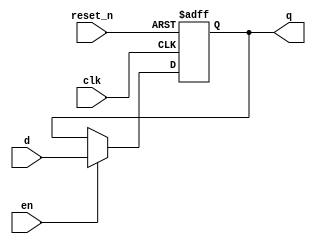
module register64_r_en(clk, reset_n, en, d, q); //32bit register
  input clk, reset_n, en;
  input [63:0] d;
  output reg [63:0] q;
  
  always@(posedge clk or negedge reset_n) 
  begin
    if(reset_n == 0) q <= 63'b0;
    else if(en) q <= d;
    else q <= q;
  end


endmodule